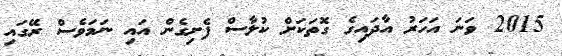
2015 ވަނަ އަހަރު އާދައިގެ ގޮތަކަށް ކުލާސް ފެށިގެން އައި ނަމަވެސް ރޭގައި